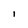
Character: 1